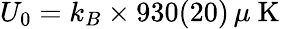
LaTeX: U_{0}=k_{B}\times 930(20)\, \mu\mathrm{~K~}